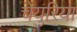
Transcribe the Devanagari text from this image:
चेयुरिया